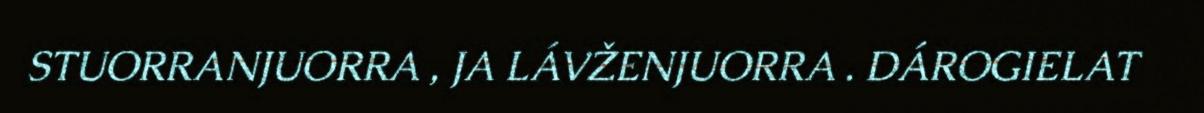
STUORRANJUORRA , JA LÁVŽENJUORRA . DÁROGIELAT